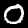
Label: 0